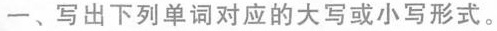
一、写出下列单词对应的大写或小写形式。